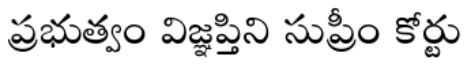
ప్రభుత్వం విజ్ఞప్తిని సుప్రీం కోర్టు